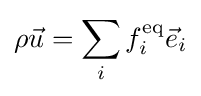
\rho {\vec {u}}=\sum _{i}f_{i}^{\text{eq}}{\vec {e}}_{i}